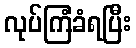
လုပ်ကြံခံရပြီး